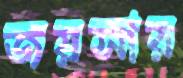
জয়সার